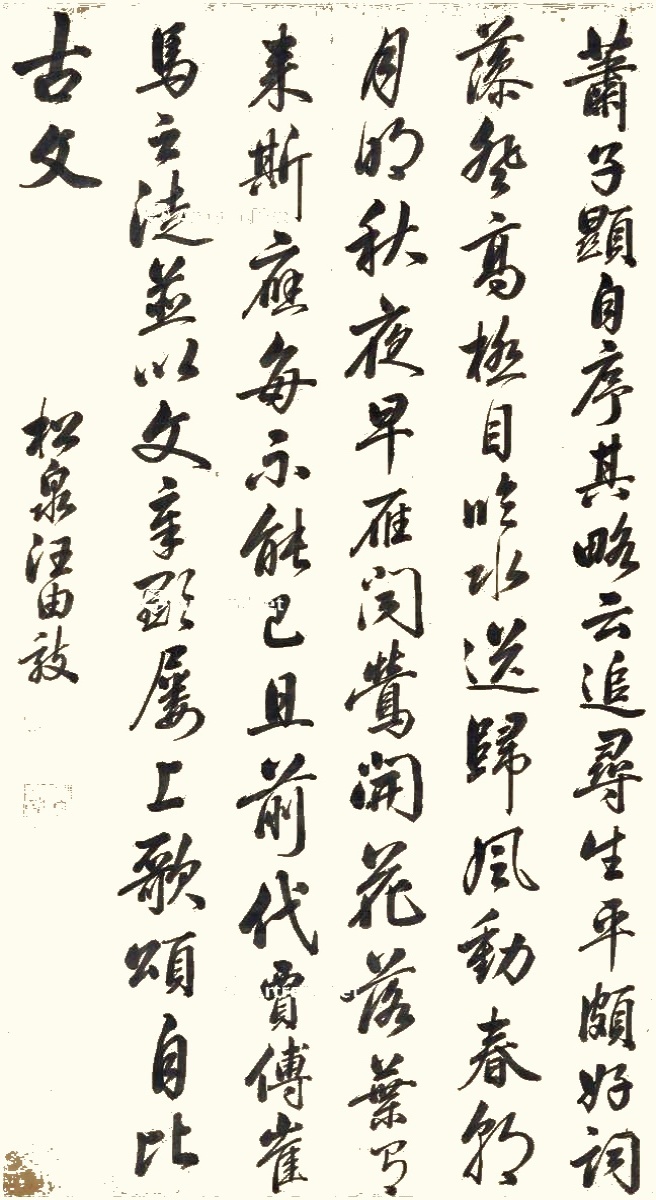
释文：追寻生平，颇好词藻。登高极目，临水送归。风动春朝，月明秋夜。早雁闻莺，开花落叶。有来斯应，每不能已。且前代贾、傅、崔、马之徒，并以文章显，屡上歌颂，自比古文。松泉汪由敦。